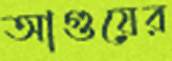
আগুয়ের